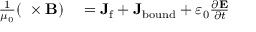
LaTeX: \begin{array} { r l } { { \frac { 1 } { \mu _ { 0 } } } ( \mathbf { \nabla } \times \mathbf { B } ) } & { { } = \mathbf { J } _ { \mathrm { f } } + \mathbf { J } _ { \mathrm { b o u n d } } + \varepsilon _ { 0 } { \frac { \partial \mathbf { E } } { \partial t } } } \end{array}